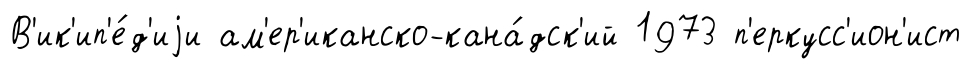
В'ик'ип'е́д'иjи ам'ер'иканско-кана́дск'ий 1973 п'еркусс'ион'ист